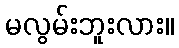
မလွမ်းဘူးလား။